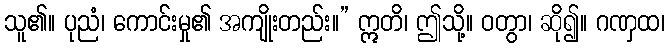
သူ၏။ ပုညံ၊ ကောင်းမှု၏ အကျိုးတည်း။” ဣတိ၊ ဤသို့။ ဝတွာ၊ ဆို၍။ ဂဏှထ၊